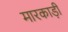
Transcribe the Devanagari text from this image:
मारकाड़ी